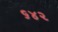
૬૪૨